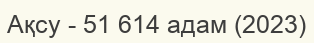
Ақсу - 51 614 адам (2023)